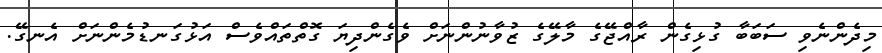
މިދެންނެވި ސަބަބާ ގުޅިގެން ރާއްޖޭގެ މާލޭގެ ޒުވާނުންނަށް ވެގެންދިޔަ ގޮތްތައްވެސް އަޅުގަނޑުމެންނަށް އެނގޭ.